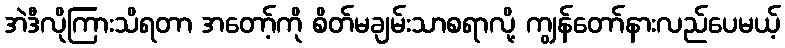
အဲဒီလိုကြားသိရတာ အတော့်ကို စိတ်မချမ်းသာစရာလို့ ကျွန်တော်နားလည်ပေမယ့်